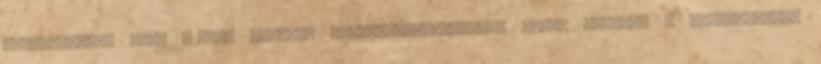
családonként havi 625000 Havonta hatszázhuszonötezer Ft-ot költünk a közszférára.